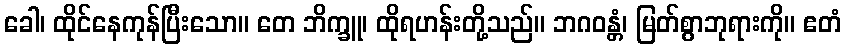
ခေါ၊ ထိုင်နေကုန်ပြီးသော။ တေ ဘိက္ခူ၊ ထိုရဟန်းတို့သည်။ ဘဂဝန္တံ၊ မြတ်စွာဘုရားကို။ ဧတံ